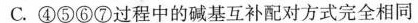
C.④⑤⑥⑦过程中的碱基互补配对方式完全相同